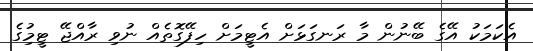
އެކަމަކު އޭގެ ބޭނުން މާ ރަނގަޅަށް އެޓީމަށް ހިފޭގޮތެއް ނުވި ރާއްޖޭ ޓީމިުގެ